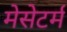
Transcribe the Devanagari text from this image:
मेसेटर्म